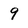
Character: 9